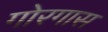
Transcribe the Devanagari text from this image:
गोरगास